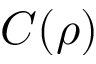
C ( \rho )